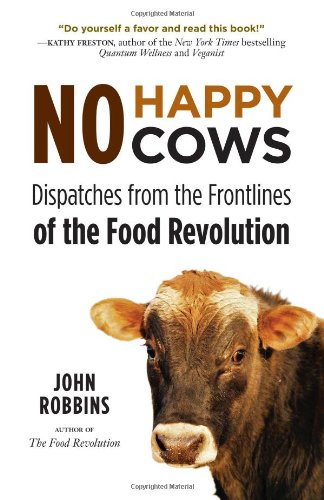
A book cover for No Happy Cows: Dispatches from the Frontlines of the Food Revolution; John Robbins; Cookbooks, Food & Wine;